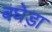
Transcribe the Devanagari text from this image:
बघेड़ा